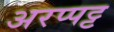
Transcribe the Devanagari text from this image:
अरप्पट्ट